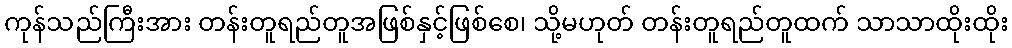
ကုန်သည်ကြီးအား တန်းတူရည်တူအဖြစ်နှင့်ဖြစ်စေ၊ သို့မဟုတ် တန်းတူရည်တူထက် သာသာထိုးထိုး